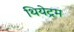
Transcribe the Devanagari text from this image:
थियेट्रम